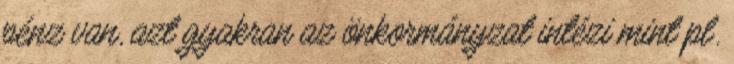
pénz van, azt gyakran az önkormányzat intézi mint pl.